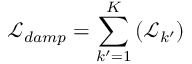
\mathcal { L } _ { d a m p } = \sum _ { k ^ { \prime } = 1 } ^ { K } \left( \mathcal { L } _ { k ^ { \prime } } \right)